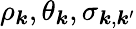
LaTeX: \rho_{\boldsymbol{k}},\theta_{\boldsymbol{k}},\sigma_{\boldsymbol{k},\boldsymbol{k}^{\prime}}